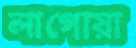
লাগোয়া